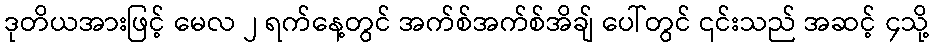
ဒုတိယအားဖြင့် မေလ ၂ ရက်နေ့တွင် အက်စ်အက်စ်အိချ် ပေါ်တွင် ၎င်းသည် အဆင့် ၄သို့